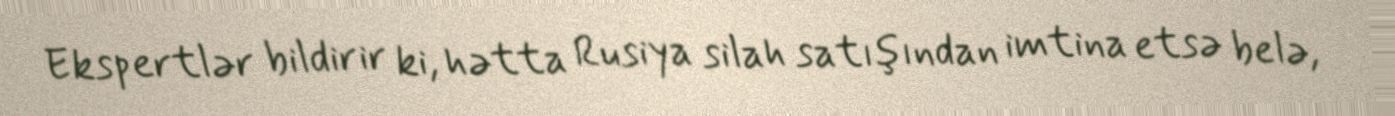
Ekspertlər bildirir ki, hətta Rusiya silah satışından imtina etsə belə,